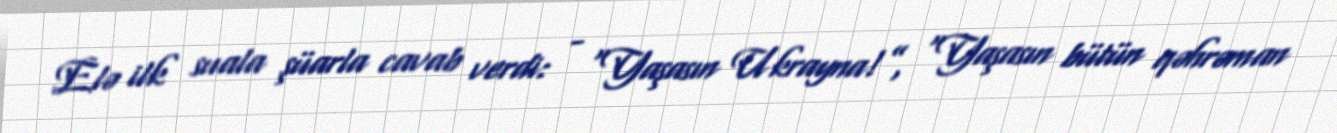
Elə ilk suala şüarla cavab verdi: - “Yaşasın Ukrayna!”, “Yaşasın bütün qəhrəman